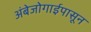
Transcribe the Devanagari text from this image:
अंबेजोगाईपासून